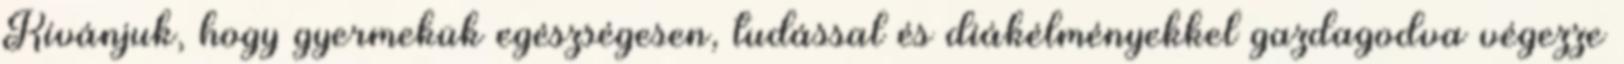
Kívánjuk, hogy gyermekük egészségesen, tudással és diákélményekkel gazdagodva végezze